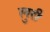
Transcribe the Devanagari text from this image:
लुरी